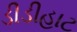
ડીડીહાટ